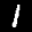
Label: 1